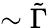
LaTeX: \sim\tilde{\Gamma}